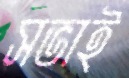
সভাই